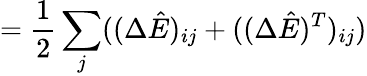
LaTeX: =\frac{1}{2}\sum_{j}((\Delta\hat{E})_{ij}+((\Delta\hat{E})^{T})_{ij})